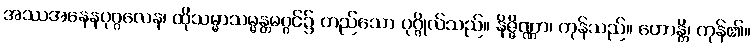
အဿအနေနပုဂ္ဂလေန၊ ထိုသမ္မာသမ္မန္တမဂ္ဂင်၌ တည်သော ပုဂ္ဂိုလ်သည်။ နိဇ္ဇိဏ္ဏာ၊ ကုန်သည်။ ဟောန္တိ၊ ကုန်၏။